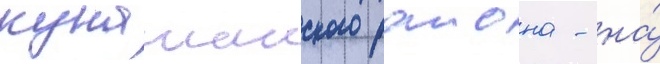
кунашакского раиона - на́